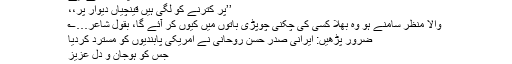
مگر جس پرندے کے لیے
’’پر کترنے کو لگی ہیں قینچیاں دیوار پر،،
والا منظر سامنے ہو وہ بھلا کسی کی چکنی چوپڑی باتوں میں کیوں کر آئے گا، بقول شاعر…؎
ضرور پڑھیں: ایرانی صدر حسن روحانی نے امریکی پابندیوں کو مسترد کردیا
جس کو ہوجان و دل عزیز
سو ۔